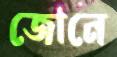
জোনে